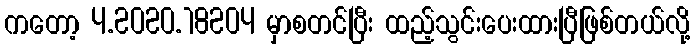
ကတော့ 4.2020.18204 မှာစတင်ပြီး ထည့်သွင်းပေးထားပြီဖြစ်တယ်လို့